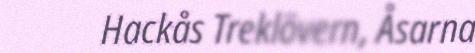
Hackås Treklövern, Åsarna